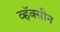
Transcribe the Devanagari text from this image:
व्हॅक्सीन